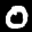
Label: 0